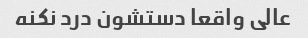
عالی واقعا دستشون درد نکنه